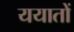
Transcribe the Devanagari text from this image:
ययातों